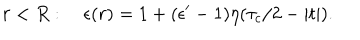
r < R : \quad \epsilon ( r ) = 1 + ( \epsilon ^ { \prime } - 1 ) \eta ( \tau _ { c } / 2 - | t | ) .